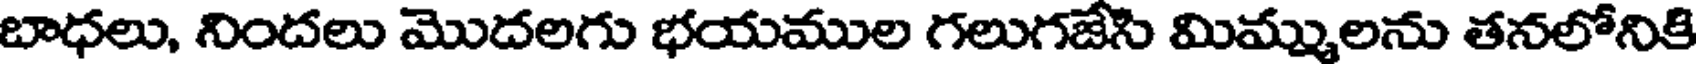
బాధలు, నిందలు మొదలగు భయముల గలుగజేసి మిమ్ములను తనలోనికి